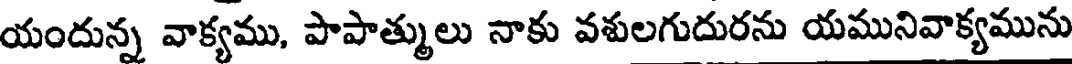
యందున్న వాక్యము, పాపాత్ములు నాకు వశులగుదురను యమునివాక్యమును